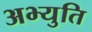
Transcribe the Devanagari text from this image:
अभ्युति